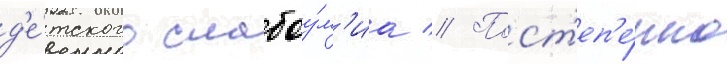
д'е́тского слабоу́м'иа // Пост'еп'е́нно